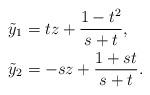
LaTeX: \begin{align*} \tilde{y}_1 &= t z + \frac{1 - t^2}{s + t},\\ \tilde{y}_2 &= - s z + \frac{1 + s t}{s + t}.\end{align*}